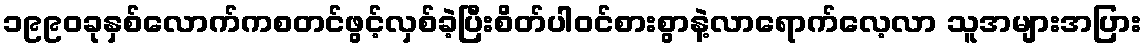
၁၉၉၀ခုနှစ်လောက်ကစတင်ဖွင့်လှစ်ခဲ့ပြီးစိတ်ပါဝင်စားစွာနဲ့လာရောက်လေ့လာ သူအများအပြား